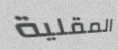
المقلية